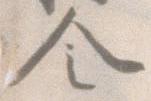
令